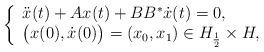
LaTeX: \begin{align*} \left\{\begin{array}{lc}\ddot{x}(t) + A x(t) + B B^* \dot{x}(t)= 0,\\\big(x(0),\dot{x}(0)\big)=(x_0,x_1)\in H_{\frac{1}{2}}\times H,\end{array}\right.\end{align*}